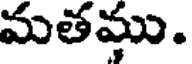
మతము.